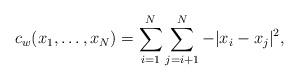
LaTeX: \begin{align*}c_w(x_1,\dots,x_N) = \sum^N_{i=1}\sum^N_{j=i+1} -\vert x_i-x_j\vert^2,\end{align*}